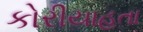
કોરીયાહતા